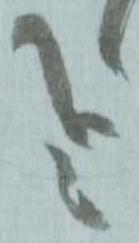
哉